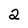
Character: 2